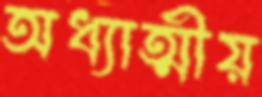
অধ্যাত্মীয়